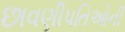
છાવણીપતિઓની